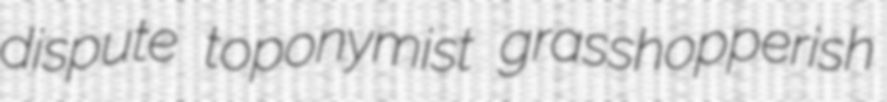
dispute toponymist grasshopperish